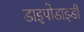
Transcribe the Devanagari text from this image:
डाइपोडाइडी